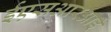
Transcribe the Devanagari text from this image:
ईएसआरआई